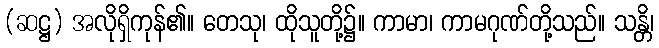
(ဆဋ္ဌ) အလိုရှိကုန်၏။ တေသု၊ ထိုသူတို့၌။ ကာမာ၊ ကာမဂုဏ်တို့သည်။ သန္တိ၊